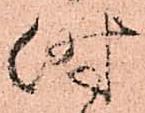
時